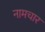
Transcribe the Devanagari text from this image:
नामचार